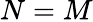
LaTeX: N=M